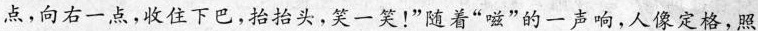
点,向右一点,收住下巴,抬抬头,笑一笑!”随着“嗞”的一声响,人像定格，照